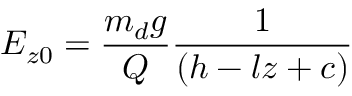
{ E _ { z 0 } } = { \frac { { m _ { d } } g } { Q } } { \frac { 1 } { ( h - l z + c ) } }